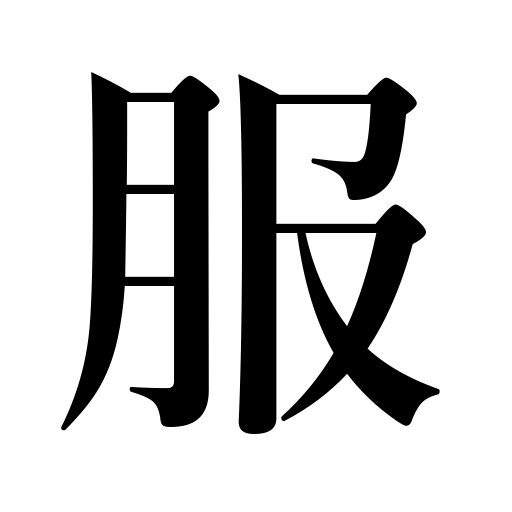
Meanings: dress,costume,suit,garment,uniform,clothes